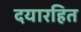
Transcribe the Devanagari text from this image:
दयारहित